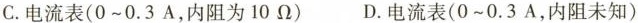
C.电流表(0~0.3A，内阻为10\Omega ) D.电流表(0~0.3A，内阻未知)